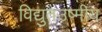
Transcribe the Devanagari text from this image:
विद्युतउष्मीय